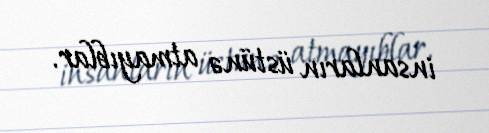
insanların üstünə atmayıblar.